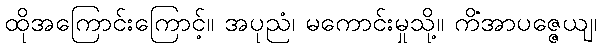
ထိုအကြောင်းကြောင့်။ အပုညံ၊ မကောင်းမှုသို့။ ကိံအာပဇ္ဇေယျ၊